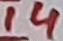
Text: 14